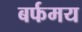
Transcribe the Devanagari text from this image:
बर्फमय